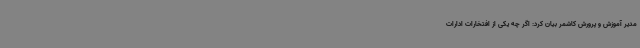
مدیر آموزش‌ و پرورش کاشمر بیان کرد: اگر چه یکی از افتخارات ادارات